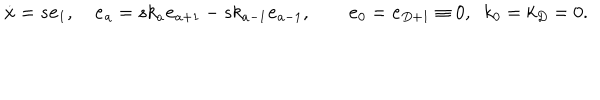
LaTeX: { \bf { \dot { x } } } = s { \bf e } _ { 1 } , \quad { \bf \dot { e } } _ { a } = s k _ { a } { \bf e } _ { a + 1 } - s k _ { a - 1 } { \bf e } _ { a - 1 } , \quad \quad { \bf e } _ { 0 } = { \bf e } _ { D + 1 } \equiv 0 , \; \; k _ { 0 } = k _ { D } = 0 .